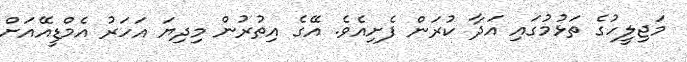
މަޖިލީހުގެ ތަޅުމުގައި އަދާ ކުރަން ފެށިއެވެ. އޭގެ އިތުރުން މިދިޔަ އަހަރު އެމްޑީއޭއަށް